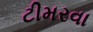
ટીમરવા